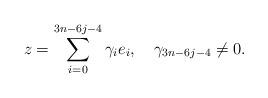
LaTeX: \begin{align*} z= \sum_{i=0}^{3n-6j-4}\gamma_{i}e_{i},\quad\gamma_{3n-6j-4}\neq 0. \end{align*}